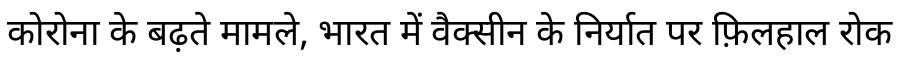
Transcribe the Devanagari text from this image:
कोरोना के बढ़ते मामले, भारत में वैक्सीन के निर्यात पर फ़िलहाल रोक